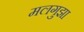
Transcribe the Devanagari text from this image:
मलगुझा